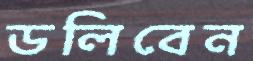
ডলিবেন